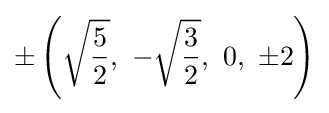
\pm \left({\sqrt {\frac {5}{2}}},\ -{\sqrt {\frac {3}{2}}},\ 0,\ \pm 2\right)